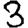
Digit: 3